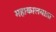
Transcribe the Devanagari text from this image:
महाकालयात्रा